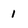
Character: 1